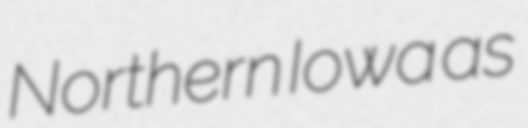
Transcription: Northern Iowa as